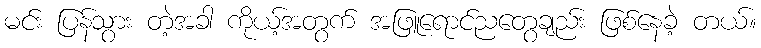
မင်း ပြန်သွား တဲ့အခါ ကိုယ့်အတွက် အဖြူရောင်ညတွေချည်း ဖြစ်နေခဲ့ တယ်။